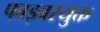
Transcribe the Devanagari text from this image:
फाइबरयुक्त